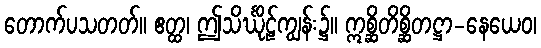
တောက်ပသတတ်။ ဧတ္ထ၊ ဤသိင်္ဃိုဠ်ကျွန်း၌။ ဣစ္ဆိတိစ္ဆိတဋ္ဌာ-နေယေဝ၊